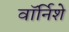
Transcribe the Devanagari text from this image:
वॉर्निशे